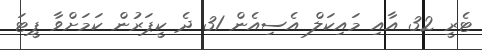
ޓެރީ 32 އާއި މައިކަލް އެސިއެން 31 ދެ ކީޕަރުން ކަމަށްވާ ޕީޓަ